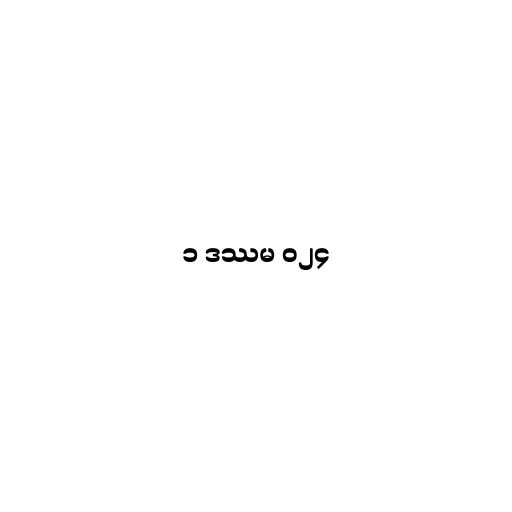
၁ ဒဿမ ၀၂၄